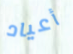
أعياد